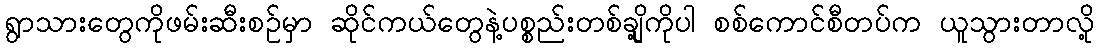
ရွာသားတွေကိုဖမ်းဆီးစဉ်မှာ ဆိုင်ကယ်တွေနဲ့ပစ္စည်းတစ်ချို့ကိုပါ စစ်ကောင်စီတပ်က ယူသွားတာလို့